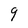
Character: 9